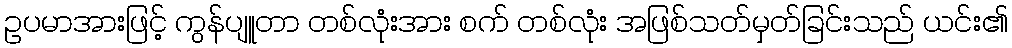
ဥပမာအားဖြင့် ကွန်ပျူတာ တစ်လုံးအား စက် တစ်လုံး အဖြစ်သတ်မှတ်ခြင်းသည် ယင်း၏